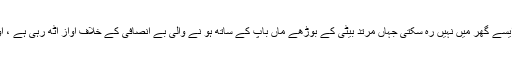
یعنی اپنی فیملی لائف برباد ہو تی ہے تو ہو ، وہ کسی ایسے گھر میں نہیں رہ سکتی جہاں مرتد بیٹی کے بوڑھے ماں باپ کے ساتھ ہو نے والی بے انصافی کے خلاف آواز اٹھ رہی ہے ، اور جو گھر ان کے فتوئوں کو خاطر میں نہیں لے رہا ۔